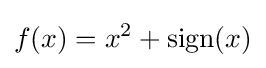
f(x)=x^{2}+\operatorname {sign} (x)